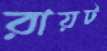
রায়ট